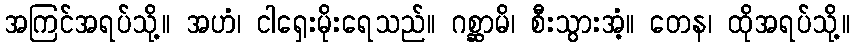
အကြင်အရပ်သို့။ အဟံ၊ ငါရှေးမိုးရေသည်။ ဂစ္ဆာမိ၊ စီးသွားအံ့။ တေန၊ ထိုအရပ်သို့။